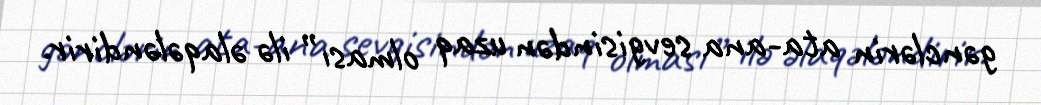
gənclərin ata-ana sevgisindən uzaq olması” ilə əlaqələndirir.